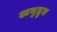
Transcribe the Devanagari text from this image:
अनुद्रुत